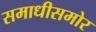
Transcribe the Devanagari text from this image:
समाधीसमोर